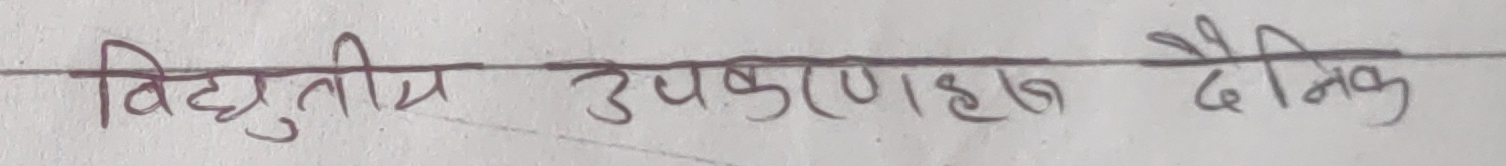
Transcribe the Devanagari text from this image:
विद्युतीय उपकरणाहरू दैनिक